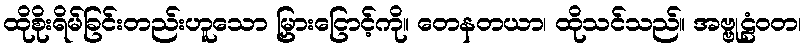
ထိုစိုးရိမ်ခြင်းတည်းဟူသော မြှားငြောင့်ကို။ တေနတယာ၊ ထိုသင်သည်။ အဗ္ဗုဠံဝတ၊